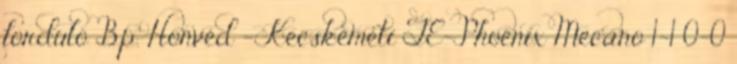
forduló Bp. Honvéd – Kecskeméti TE-Phoenix Mecano 1-1 0-0